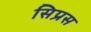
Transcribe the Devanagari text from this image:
सिप्रस